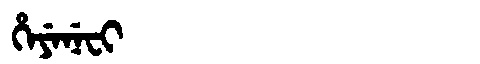
Manchu: ᡥᡝᠶᡝᠨᡝᠸᡳ
Romanization: HEYENEFI